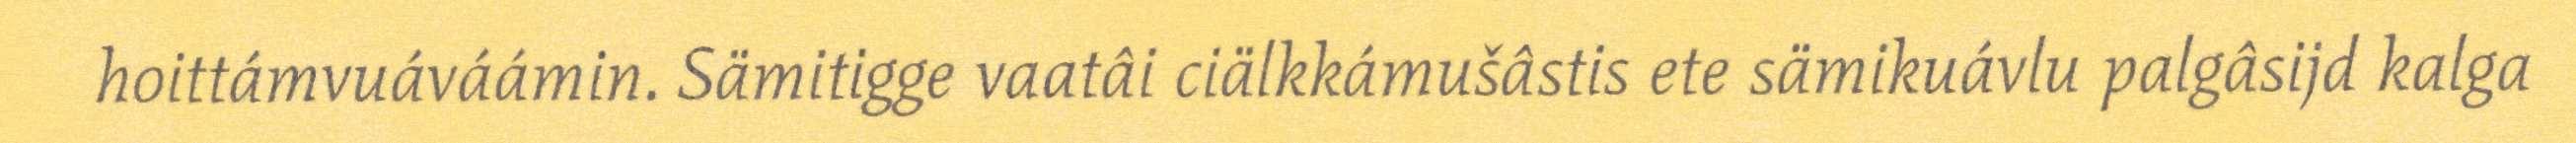
hoittámvuáváámin. Sämitigge vaatâi ciälkkámušâstis ete sämikuávlu palgâsijd kalga